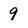
Character: 9